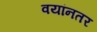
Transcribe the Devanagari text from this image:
वयांनतर